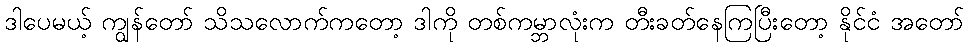
ဒါပေမယ့် ကျွန်တော် သိသလောက်ကတော့ ဒါကို တစ်ကမ္ဘာလုံးက တီးခတ်နေကြပြီးတော့ နိုင်ငံ အတော်